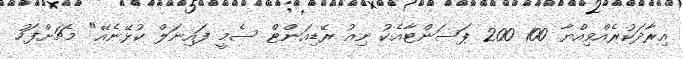
އިރާދަކުރެއްވިއްޔާ 100 200 ޕަސަންޓާއެކު ނިއު ރޭޑިއަންޓް ސެމީ ފައިނަލް ކުޅޭނެއޭ" މެޗަށްފަހު